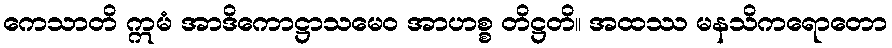
ကေသာတိ ဣမံ အာဒိကောဋ္ဌာသမေဝ အာဟစ္စ တိဋ္ဌတိ။ အထဿ မနသိကရောတော